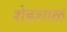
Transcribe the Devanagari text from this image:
शेडशाळ